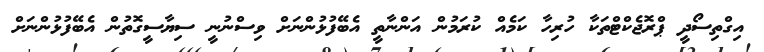
އިގްތިސޯދީ ޕްރޮޖެކްޓްތަކާ ހުރިހާ ކަމެއް ކުރަމުން އަންނާތީ އެބޭފުޅުންނަށް ވިސްނުނީ ސިޔާސީގޮތުން އެބޭފުޅުންނަށް